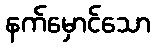
နက်မှောင်သော